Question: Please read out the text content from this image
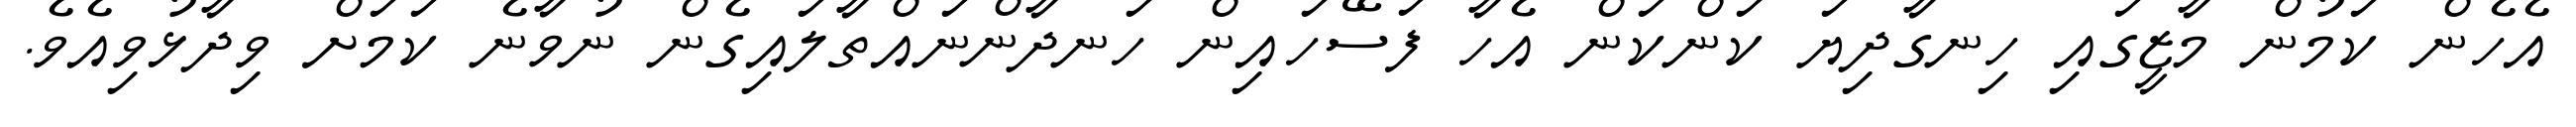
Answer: އެހެން ކަމުން މާޒީގައި ހިނގާދިޔަ ކަންކަން އެހާ ފަސޭހައިން ހަނދާންނައްތާލައިގެން ނުވާނެ ކަމަށް ވިދާޅުވިއެވެ.